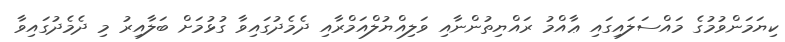
ކިޔަމަންވުމުގެ މައްސަލައިގައި ޢާއްމު ރައްޔިތުންނާއި ވަލިއްޔުލްއަމްރާއި ދެމެދުގައިވާ ގުޅުމަށް ބަލާއިރު މި ދެމެދުގައިވާ